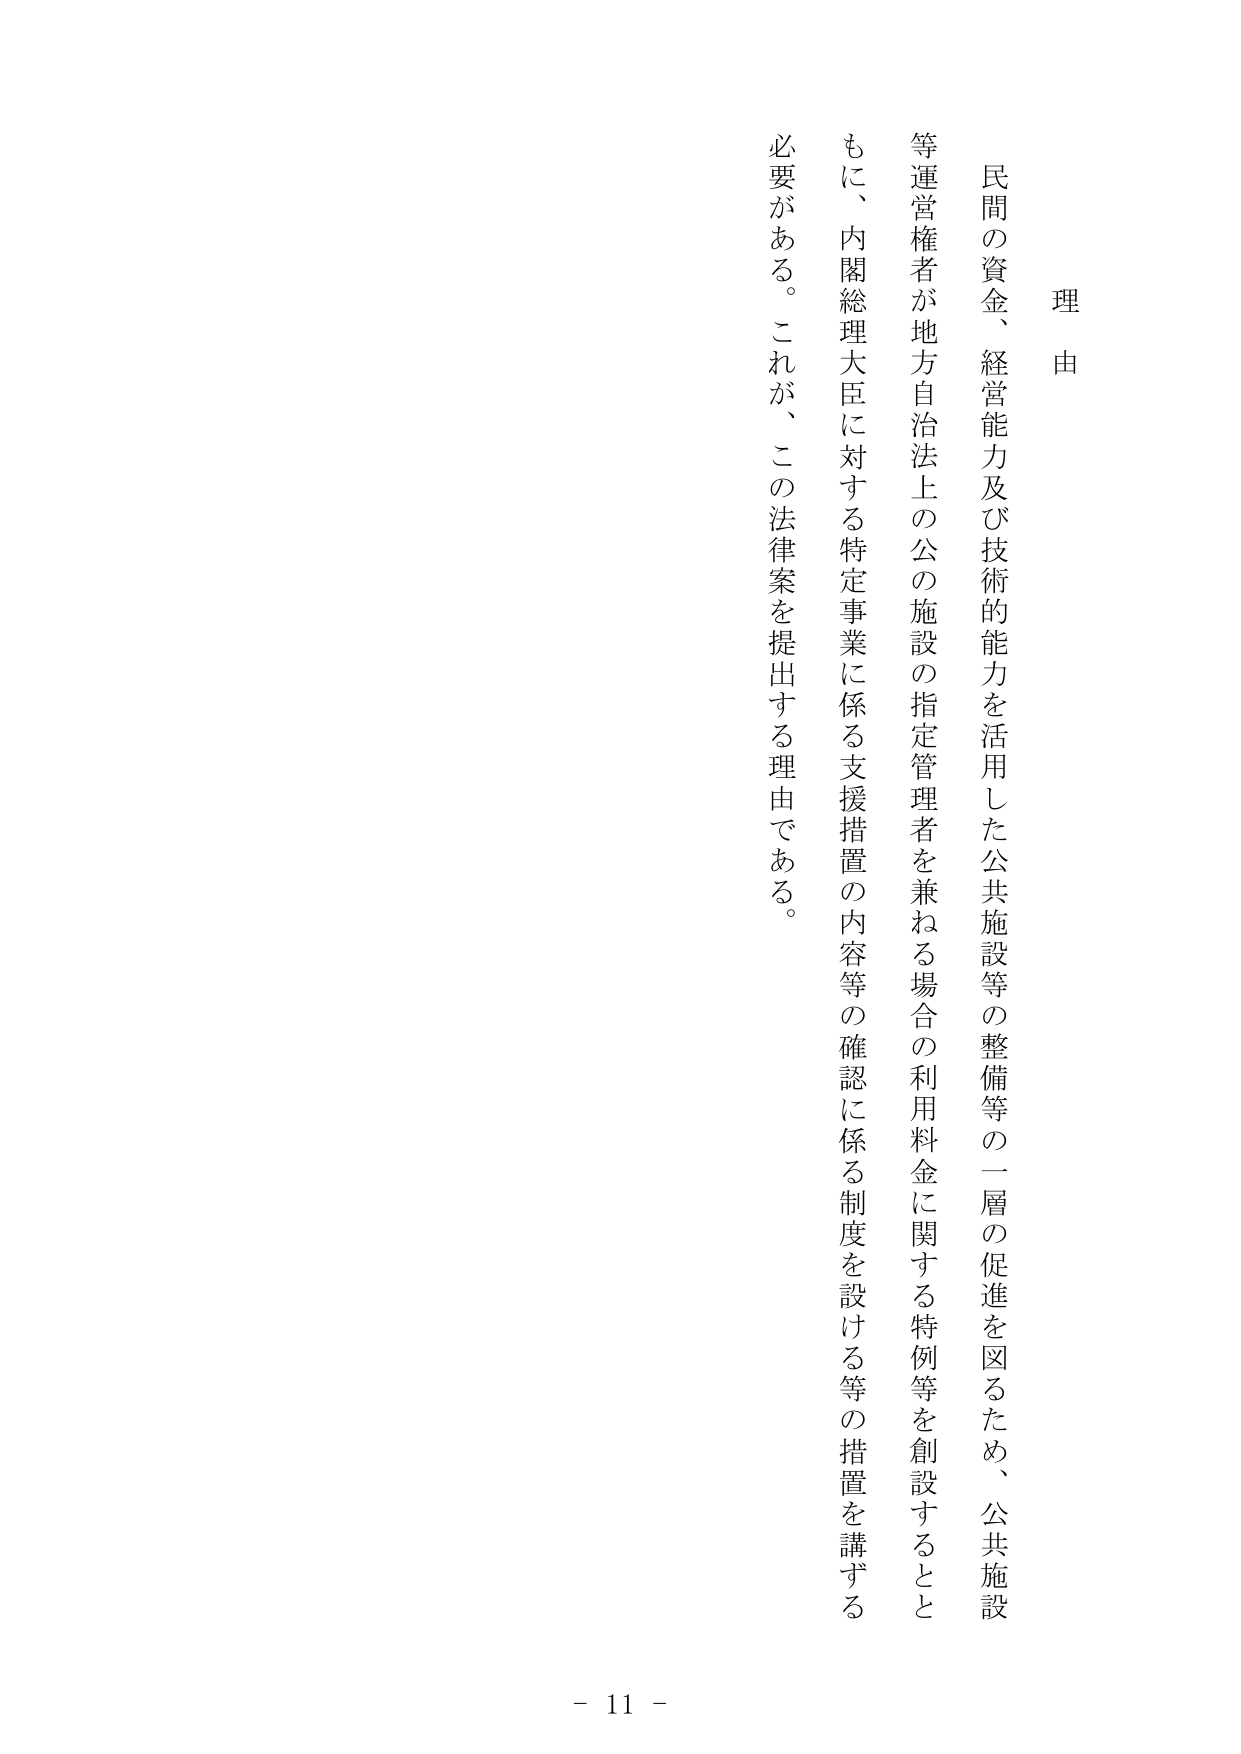
理由

民間の資金、経営能力及び技術的能力を活用した公共施設等の整備等の一層の促進を図るため、公共施設等運営権者が地方自治法上の公の施設の指定管理者を兼ねる場合の利用料金に関する特例等を創設するとともに、内閣総理大臣に対する特定事業に係る支援措置の内容等の確認に係る制度を設ける等の措置を講ずる必要がある。これが、この法律案を提出する理由である。

- 11 -